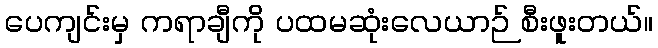
ပေကျင်းမှ ကရာချီကို ပထမဆုံးလေယာဉ် စီးဖူးတယ်။